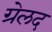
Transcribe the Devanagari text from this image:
ग्रेलद